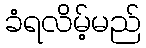
ခံရလိမ့်မည်